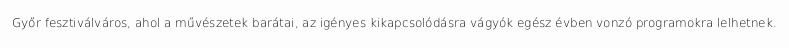
Győr fesztiválváros, ahol a művészetek barátai, az igényes kikapcsolódásra vágyók egész évben vonzó programokra lelhetnek.